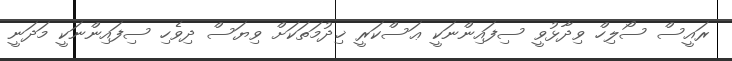
ރައީސް ސޯލިހް ވިދާޅުވީ ސިފައިންނަކީ ޢަސްކަރީ ޚިދުމަތަކަށް ވިޔަސް ދިވެހި ސިފައިންނަކީ މަދަނީ